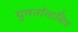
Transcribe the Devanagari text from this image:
पुनर्नानामित